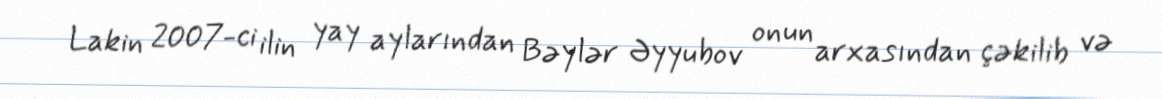
Lakin 2007-ci ilin yay aylarından Bəylər Əyyubov onun arxasından çəkilib və